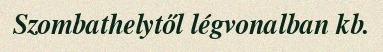
Szombathelytől légvonalban kb.